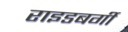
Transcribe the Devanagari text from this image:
राइडबर्गी